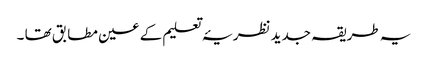
یہ طریقہ جدید نظریۂ تعلیم کے عین مطابق تھا ۔